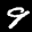
Label: 9